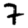
Digit: 7